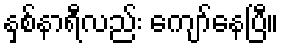
နှစ်နာရီလည်း ကျော်နေပြီ။